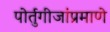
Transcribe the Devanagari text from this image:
पोर्तुगीजांप्रमाणे